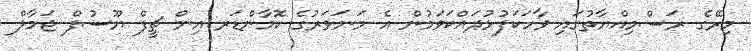
މިރޭގެ ރަސްމިއްޔާތުގައި ވާހަކަފުޅުދައްކަވަމުން އެ މަނަވަރުގެ ކޮމާންޑަރ އިން ޗީފް ޔޫސުފް ޖަމާލް